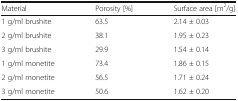
<table><thead><tr><td><b>Material</b></td><td><b>Porosity [%]</b></td><td><b>Surface area [m<sup>2</sup>/g]</b></td></tr></thead><tbody><tr><td>1 g/ml brushite</td><td>63.5</td><td>2.14 ± 0.03</td></tr><tr><td>2 g/ml brushite</td><td>38.1</td><td>1.95 ± 0.23</td></tr><tr><td>3 g/ml brushite</td><td>29.9</td><td>1.54 ± 0.14</td></tr><tr><td>1 g/ml monetite</td><td>73.4</td><td>1.86 ± 0.15</td></tr><tr><td>2 g/ml monetite</td><td>56.5</td><td>1.71 ± 0.24</td></tr><tr><td>3 g/ml monetite</td><td>50.6</td><td>1.62 ± 0.20</td></tr></tbody></table>